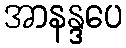
အာနန္ဒပေ